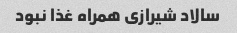
سالاد شیرازی همراه غذا نبود